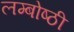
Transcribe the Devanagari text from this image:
लम्बोष्ठी